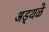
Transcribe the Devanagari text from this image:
अड्थळे